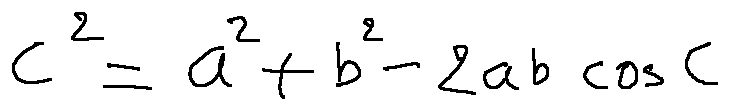
c ^ { 2 } = a ^ { 2 } + b ^ { 2 } - 2 a b \cos C